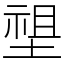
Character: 𡏄